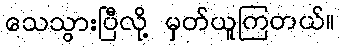
သေသွားပြီလို့ မှတ်ယူကြတယ်။